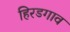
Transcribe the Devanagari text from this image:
हिरडगाव